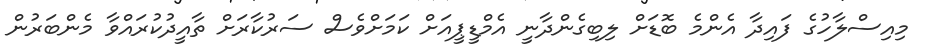
މިއިސްލާހުގެ ފައިދާ އެންމެ ބޮޑަށް ލިބިގެންދާނީ އެމްޑީޕީއަށް ކަމަށްވެސް ސަރުކާރަށް ތާއީދުކުރައްވާ މެންބަރުން